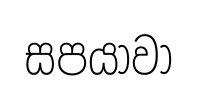
සපයාවා